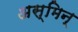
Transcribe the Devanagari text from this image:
अस्मिन्‌